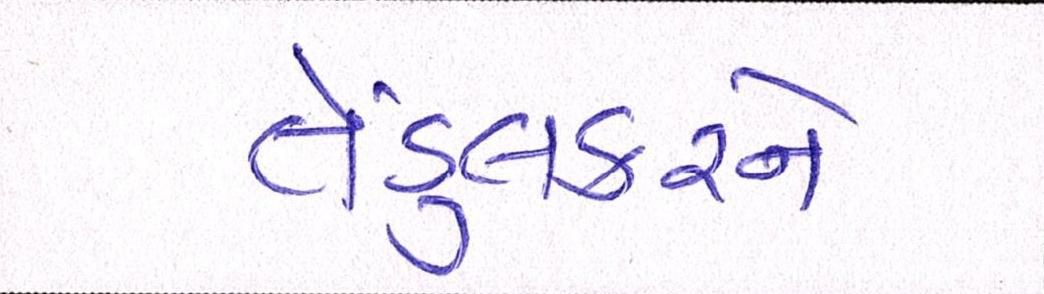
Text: તેંડુલકરને